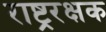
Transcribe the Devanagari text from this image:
राष्ट्ररक्षक